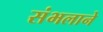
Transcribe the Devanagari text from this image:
संभलाने